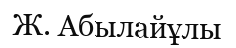
Ж. Абылайұлы